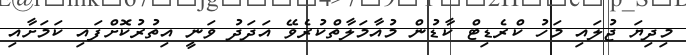
މިދިޔަ ޖުލައި މަހު ކްރެޑިޓް ކާޑުން މުއާމަލާތްކުރެވޭ އަދަދު ވަނީ އިތުރުކޮށްފައި ކަމަށާއި